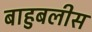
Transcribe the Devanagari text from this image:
बाहुबलीस